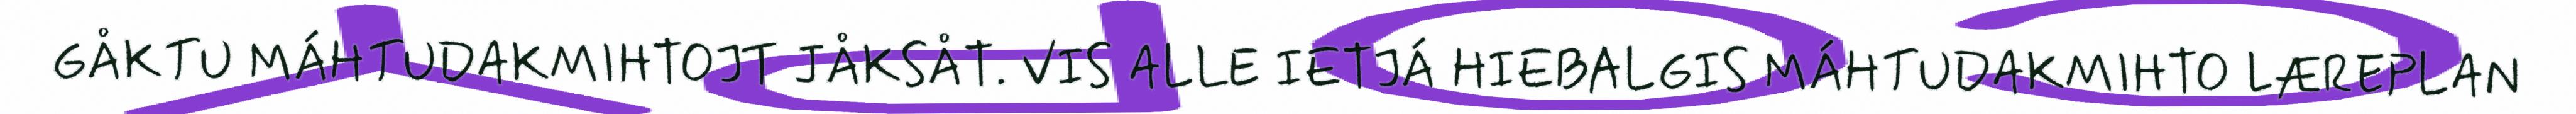
GÅKTU MÁHTUDAKMIHTOJT JÅKSÅT. VIS ALLE IETJÁ HIEBALGIS MÁHTUDAKMIHTO LÆREPLAN